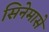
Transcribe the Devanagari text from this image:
सिनेमासे